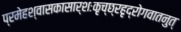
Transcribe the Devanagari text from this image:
प्रमेहश्वासकासार्शःकृच्छ्रहृद्रोगवातनुत्